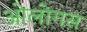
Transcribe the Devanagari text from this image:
ओलोगस